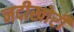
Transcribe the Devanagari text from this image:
नदीखोरी